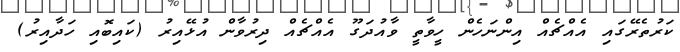
ކަރުތެރޭގައި އެއްޗެއް އިންނަހެން ހީވާތީ ވާއުދަގޫ އެއްޗެއް ދިރުވާން އުޅޭއިރު (ކައިބޮއި ހަދާއިރު)